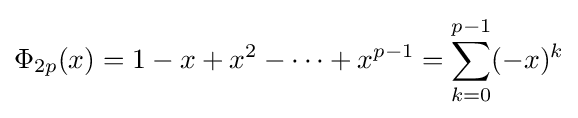
\Phi _{2p}(x)=1-x+x^{2}-\cdots +x^{p-1}=\sum _{k=0}^{p-1}(-x)^{k}